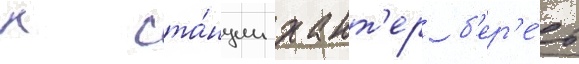
к ста́нции хант'ер б'ер'е́т